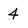
Character: 4